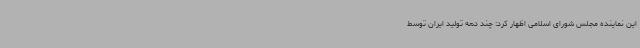
این نماینده مجلس شورای اسلامی اظهار کرد: چند دهه تولید ایران توسط